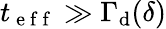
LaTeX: t_{\mathrm{~e~f~f~}}\gg\Gamma_{\mathrm{d}}(\delta)